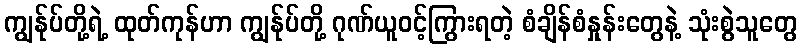
ကျွန်ုပ်တို့ရဲ့ ထုတ်ကုန်ဟာ ကျွန်ုပ်တို့ ဂုဏ်ယူဝင့်ကြွားရတဲ့ စံချိန်စံနှုန်းတွေနဲ့ သုံးစွဲသူတွေ